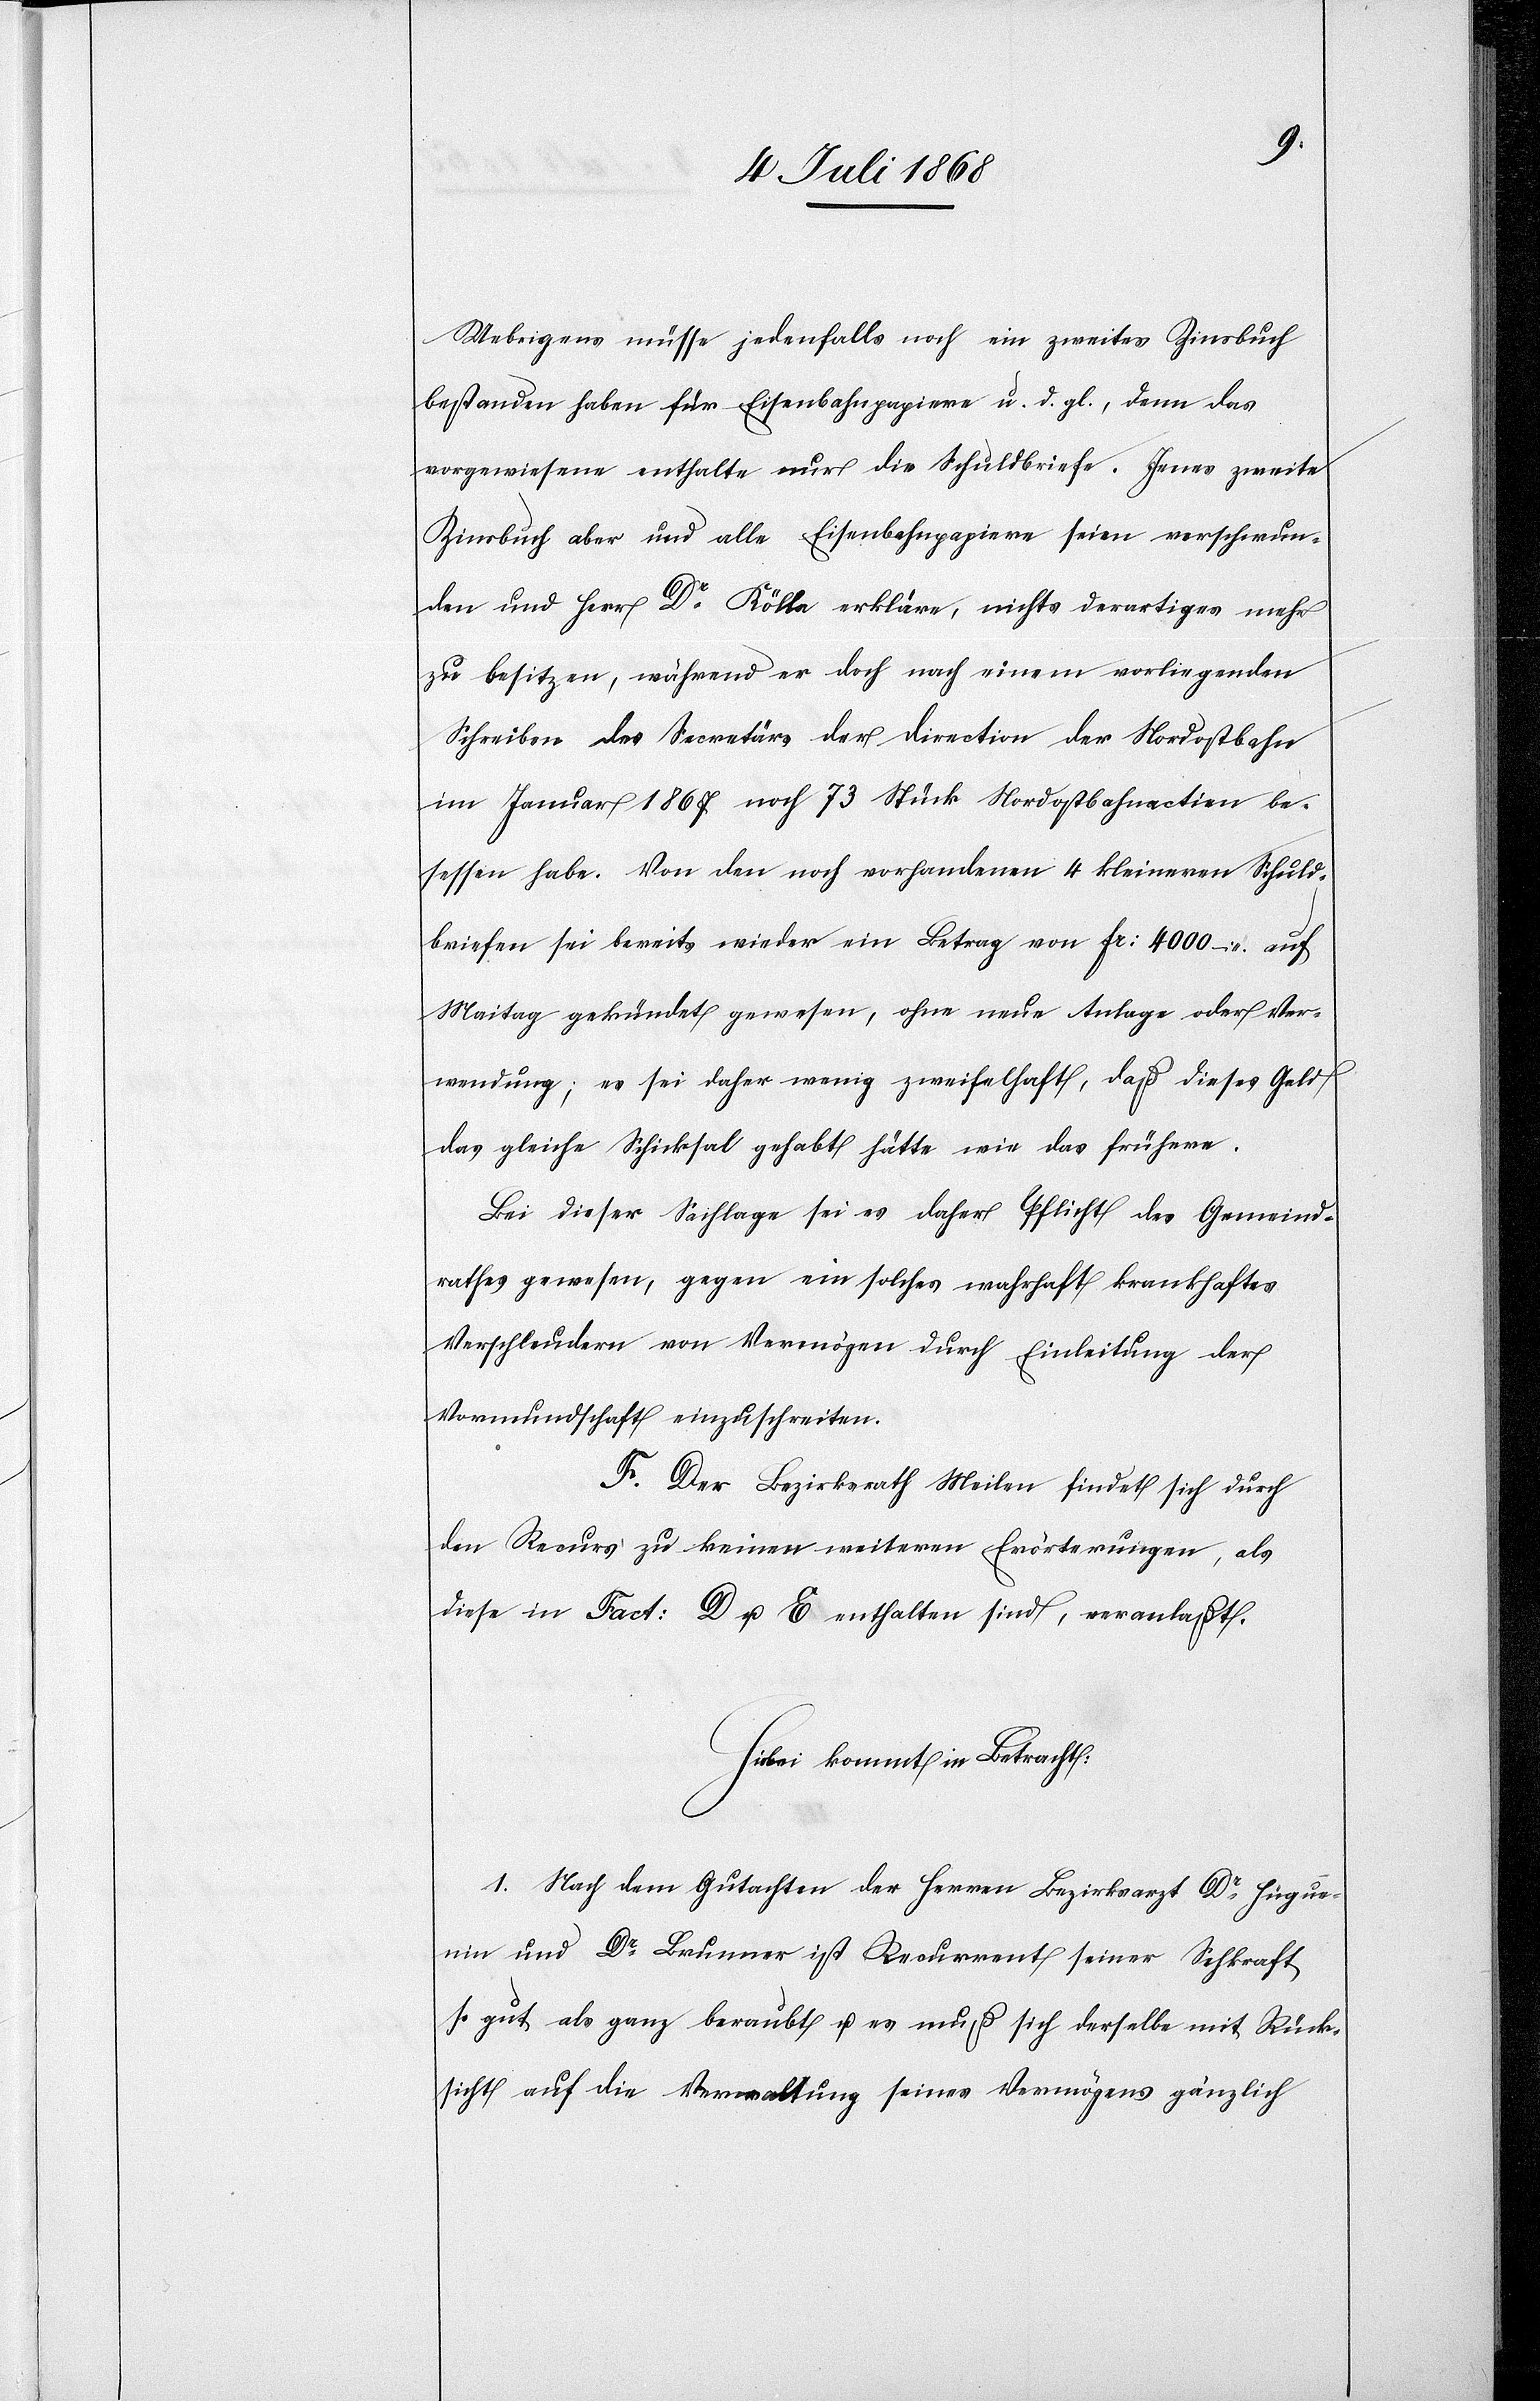
Uebrigens müsse jedenfalls noch ein zweites Zinsbuch
bestanden haben für Eisenbahnpapiere u. d. gl., denn das
vorgewiesene enthalte nur die Schuldbriefe. Jenes zweite
Zinsbuch aber und alle Eisenbahnpapiere seien verschwun¬
den und Herr Dr Kölla erkläre, nichts derartiges mehr
zu besitzen, während er doch nach einem vorliegenden
Schreiben des Secretärs der Direction der Nordostbahn
im Januar 1867 noch 73 Stück Nordostbahnactien be¬
sessen habe. Von den noch vorhandenen 4 kleineren Schuld¬
briefen sei bereits wieder ein Betrag von Fr: 4000 – auf
Maitag gekündet gewesen, ohne neue Anlage oder Ver¬
wendung; es sei daher wenig zweifelhaft, daß dieses Geld
das gleiche Schicksal gehabt hätte wie das frühere.
Bei dieser Sachlage sei es daher Pflicht des Gemeind¬
rathes gewesen, gegen ein solches wahrhaft krankhaftes
Verschleudern von Vermögen durch Einleitung der
Vormundschaft einzuschreiten.
F. Der Bezirksrath Meilen findet sich durch
den Recurs zu keinen weiteren Erörterungen, als
diese in Fact: D u. E enthalten sind, veranlaßt.
Hiebei kommt in Betracht:
1. Nach dem Gutachten der Herren Bezirksarzt Dr Hugue¬
nin und Dr Brunner ist Recurrent seiner Sehkraft
so gut als ganz beraubt u. es muß sich derselbe mit Rück¬
sicht auf die Verwaltung seines Vermögens gänzlich